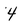
Character: 4